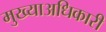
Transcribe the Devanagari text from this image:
मुख्याअधिकारी